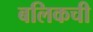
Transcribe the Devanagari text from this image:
बलिकची